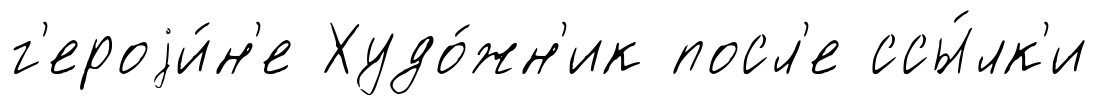
г'ероjи́н'е Худо́жн'ик посл'е ссы́лк'и